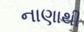
નાણાથી